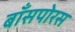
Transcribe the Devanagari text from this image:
बाँसपोरस